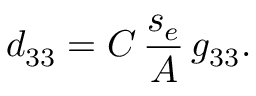
d _ { 3 3 } = C \, \frac { s _ { e } } { A } \, g _ { 3 3 } .